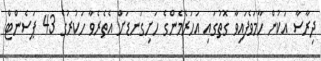
ދިރާސާ އަކުން ހާމަވެފައިވާ ގޮތުގައި އަހަރެމެންގެ ހަށިގަނޑަށް އެތެރެވާ ހަކުރުގެ 43 ޕަސެންޓް